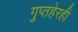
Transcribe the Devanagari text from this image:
गुप्तहेरही